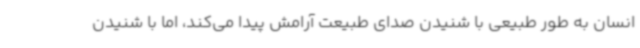
انسان به طور طبیعی با شنیدن صدای طبیعت آرامش پیدا می‌کند، اما با شنیدن